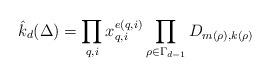
LaTeX: \begin{align*}\hat{k}_d(\Delta) = \prod_{q,i} x_{q,i}^{e(q,i)} \prod_{\rho \in \Gamma_{d-1}}D_{m(\rho),k(\rho)}\end{align*}